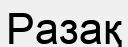
Разақ